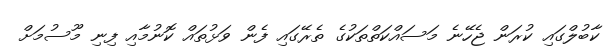
ކާބުލްގައި ކުރަން ޖެހޭނެ މަސައްކަތްތަކުގެ ތެރޭގައި ފެން ވަޅުތައް ކޮނުމާއި ފިނި މޫސުމަށް